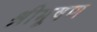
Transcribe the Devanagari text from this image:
श्रीभूषण